system: You are a helpful assistant.
user:
Analyze the provided spectrum to determine if it is a **M-type Giant (gM)**.

A M-type Giant spectrum is defined by its **strong molecular absorption** features, particularly from **Titanium Oxide (TiO)**. You must check for one of the following mutually exclusive signatures:

- **Key Visual Indicators (Absorption-Dominated Spectrum):**

    - **(Primary):** The spectrum is dominated by strong molecular absorption from **Titanium Oxide (TiO)**. This is the **defining feature** of its M-type temperature class.
        - **(Key Bandheads):** Look for sharp, "saw-tooth" absorption valleys. The strongest are located near **~7050 Å**, **~6160 Å**, and **~5170 Å**.
        - **(Line Profile):** The "saw-tooth" morphology is critical: a **sharp, steep drop on the BLUE (short-wavelength) side** of the bandhead, followed by a gradual recovery (rising flux) towards the RED (long-wavelength) side.

    - **(Key Confirmation - Giant vs. Dwarf):** **ABSENCE** of strong **Calcium Hydride (CaH)** molecular bands. This is the primary diagnostic for *excluding* M-dwarfs.
        - **(Key Region):** The spectrum should lack the strong, broad absorption band seen in dwarfs between **~6800 Å and ~7000 Å**.

    - **(Secondary Confirmation - Giant):** A very strong and broad **Neutral Calcium (Ca I)** atomic absorption line.
        - **(Key Line):** Located at **~4226 Å**. In a giant (gM), this line is significantly deeper and broader than the same line in an M-dwarf (dM) due to low surface gravity.

    - **(Overall Spectrum):**
        - The continuum is **extremely red-sloping** (i.e., flux is very low in the blue and rises dramatically towards the red).
        - The entire spectrum appears "chopped up" by the deep TiO bands.

Think first, call **spectral_visualization_tool** if needed to examine features in detail, then provide your final answer. Your response must adhere to the following strict rules:
1.  **Overall Structure:** Your response must follow the format `<think>...</think> <tool_call>...</tool_call> (if a tool is used) <answer>...</answer>`.
2.  **Tool Usage Constraint:** You may only make **one** tool call per turn.
3.  **Final Answer Format:** In the `<answer>` tag, your conclusion must be inside a `\boxed{}` command (e.g., `\boxed{YES}` or `\boxed{NO}`), followed by your justification.

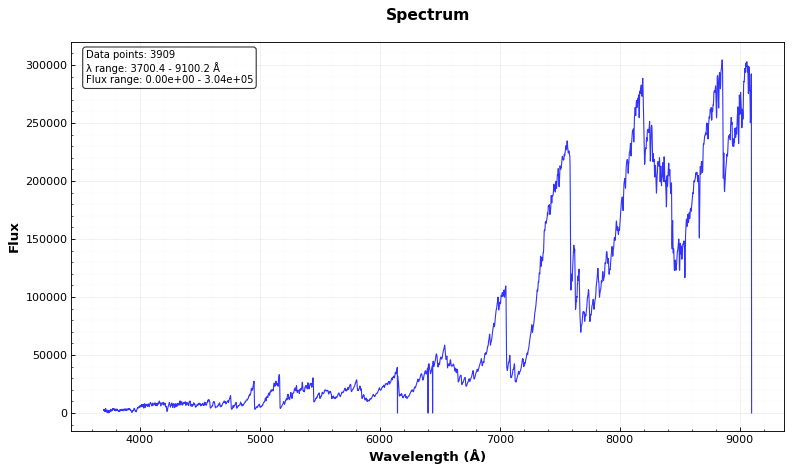
Answer: YES